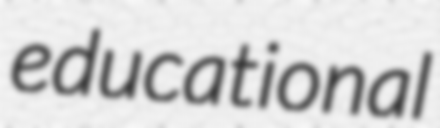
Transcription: educational